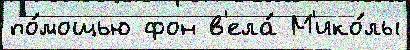
по́мощью фон в'ела́ М'ико́лы